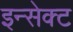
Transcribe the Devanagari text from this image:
इन्सेक्ट